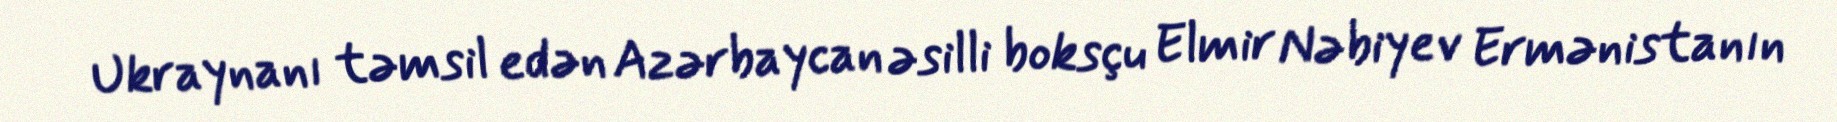
Ukraynanı təmsil edən Azərbaycan əsilli boksçu Elmir Nəbiyev Ermənistanın